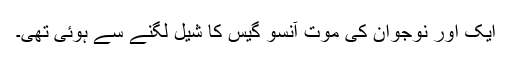
ایک اور نوجوان کی موت آنسو گیس کا شیل لگنے سے ہوئی تھی۔